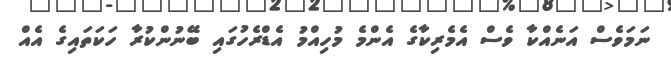
ނަމަވެސް އަނެއްކާ ވެސް އެމެރިކާގެ އެންމެ މުހިއްމު އެޑްރެހުގައި ބޭނުންކުރާ ހަކަތައިގެ އެއް